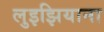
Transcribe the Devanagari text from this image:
लुइझियाना